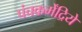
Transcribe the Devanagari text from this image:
पंचकर्मेंद्रिये